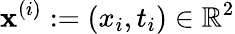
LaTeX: \mathbf{x}^{(i)}:=(x_{i},t_{i})\in\mathbb{R}^{2}